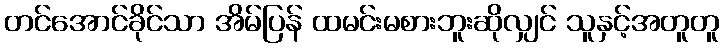
တင်အောင်ခိုင်သာ အိမ်ပြန် ထမင်းမစားဘူးဆိုလျှင် သူနှင့်အတူတူ